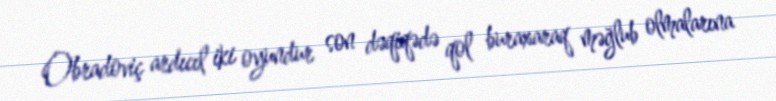
Obradoviç ardıcıl iki oyundur son dəqiqədə qol buraxaraq məğlub olmalarına